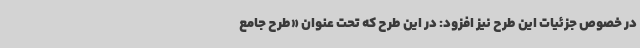
در خصوص جزئیات این طرح نیز افزود: در این طرح که تحت عنوان «طرح جامع